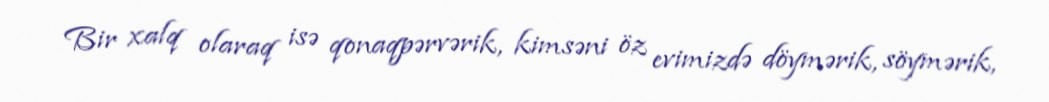
Bir xalq olaraq isə qonaqpərvərik, kimsəni öz evimizdə döymərik, söymərik,